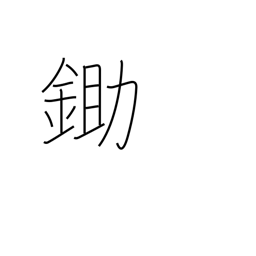
Meaning: plow